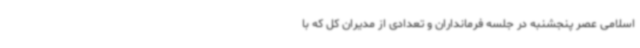
اسلامی عصر پنجشنبه در جلسه فرمانداران و تعدادی از مدیران کل که با